Report of the Indian Hemp Drugs Commission, 1894-1895 - Volume VI
Year: 1894
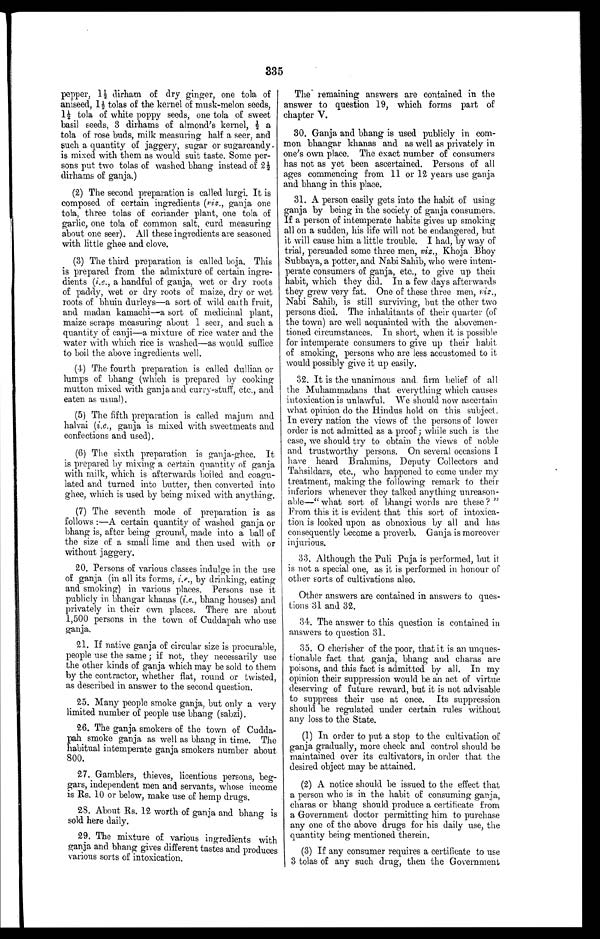
335
pepper, 1½ dirham of dry ginger, one tola of
a n i s e e d , 1 ½ t o l a s o f t h e k e r n e l o f mu s k - me l o n s e e d s ,
1 ½ t o l a o f w h i t e p o p p y s e e d s , o n e t o l a , o f s w e e t
basil seeds, 3 dirhams of almond's kernel, ½ a
tola of rose buds, milk measuring half a seer, and
such a quantity of jaggery, sugar or sugarcandy.
is mixed with them as would suit taste. Some per-
sons put two tolas of washed bhang instead of 2½
dirhams of ganja.)
(2) The second preparation is called lurgi. It is
composed of certain ingredients (viz., ganja one
tola, three tolas of coriander plant, one tola of
garlic, one tola of common salt, curd measuring
about one seer). All these ingredients are seasoned
with little ghee and clove.
(3) The third preparation is called boja. This
is prepared from the admixture of certain ingre--
dients (i.e., a handful of ganja, wet or dry roots
of paddy, wet or dry roots of maize, dry or wet
roots of bhuin durleys—a sort of wild earth fruit,
and madan kamachi—a sort of medicinal plant,
maize scraps measuring about 1 seer, and such a
quantity of canji—a mixture of rice water and the
water with which rice is washed—as would suffice
to boil the above ingredients well.
(4) The fourth preparation is called dullian or
lumps of bhang (which is prepared by cooking
mutton mixed with ganja and curry-stuff, etc., and
eaten as usual).
(5) The fifth preparation is called majum and
halvai (i.e., ganja is mixed with sweetmeats and
confections and used).
(6) The sixth preparation is ganja-ghee. It
is prepared by mixing a certain quantity of ganja
with milk, which is afterwards boiled and coagu-
lated and turned into butter, then converted into
ghee, which is used by being mixed with anything.
(7) The seventh mode of preparation is as
follows :—A certain quantity of washed ganja or
bhang is, after being ground, made into a ball of
the size of a small lime and then used with or
without j aggery.
20. Persons of various classes indulge in the use
of ganja (in all its forms, i.e., by drinking, eating
and smoking) in various places. Persons use it
publicly in bhangar khanas (i.e., bhang houses) and
privately in their own places. There are about
1,500 persons in the town of Cuddapah who use
ganja.
21. If native ganja of circular size is procurable,
people use the same ; if not, they necessarily use
the other kinds of ganja which may be sold to them
by the contractor, whether flat, round or twisted,
as described in answer to the second question.
25. Many people smoke ganja, but only a very
limited number of people use bhang (sabzi).
26. The ganja, smokers of the town of Cudda--
pah smoke ganja as well as bhang in time. The
habitual intemperate ganja smokers number about
800.
27. Gamblers, thieves, licentious persons, beg--
gars, independent men and servants, whose income
is Rs. 10 or below, make use of hemp drugs.
28. About Rs. 12 worth of ganja and bhang,
sold here daily.
29. The mixture of various ingredients with
ganja and bhang gives different tastes and produces
various sorts of intoxication.
The remaining answers are contained in the
answer to question 19, which forms part of
chapter V.
30. Ganja and bhang is used publicly in com--
mon bhangar khanas and as well as privately in
one's own place. The exact number of consumers
has not as yet been ascertained. Persons of all
ages commencing from 11 or 12 years use ganja
and bhang in this place.
31. A person easily gets into the habit of using
ganja by being in the society of ganja consumers.
If a person of intemperate habits gives up smoking
all on a sudden, his life will not be endangered, but
it will cause him a little trouble. I had, by way of
trial, persuaded some three men, viz., Khoja Bhoy
Subbaya, a potter, and Nabi Sahib, who were intem--
perate consumers of ganja, etc., to give up their
habit, which they did. In a few days afterwards
they grew very fat. One of these three men, viz.,
Nabi Sahib, is still surviving, but the other two
persons died. The inhabitants of their quarter (of
the town) are well acquainted with the abovemen-
- t i o n e d c i r c u m s t a n c e s . I n s h o r t , w h e n i t i s p o s s i b l e
for intemperate consumers to give up their habit
of smoking, persons who are less accustomed to it
would possibly give it up easily.
32. It is the unanimous . and firm belief of all
the Muhammadans that everything which causes
intoxication is unlawful. We should now ascertain
what opinion do the Hindus hold on this subject.
In every nation the views of the persons of lower
order is not admitted as a proof; while such is the
case, we should try to obtain the views of noble
and trustworthy persons. On several occasions I
have heard Brahmins, Deputy Collectors and
Tahsildars, etc., who happened to come under my
treatment, making the following remark to their
inferiors whenever they talked anything unreason--
ablen—" what sort of bhangi words are these ? "
From this it is evident that this sort of intoxica--
tion is looked upon as obnoxious by all and has
consequently become a proverb. Ganja is moreover
injurious.
33. Although the Puli Puja is performed, but it
is not a special one, as it is performed in honour of
other sorts of cultivations also.
Other answers are contained in answers to ques-
- t i o n s 3 1 a n d 3 2 .
34. The answer to this question is contained in
answers to question 31.
35. O cherishes of the poor, that it is an unques--
tionable fact that .ganja, bhang and charas are
poisons, and this fact is admitted by all. In my
opinion their suppression would be an act of virtue
deserving of future reward, but it is not advisable
to suppress their use at once. Its suppression
should be regulated under certain rules without
any loss to the State.
(1) In order to put a stop to the cultivation of
ganja gradually, more check and control should be
maintained over its cultivators, in order that the
desired object may be attained.
(2) A notice should be issued to the effect that
a person who is in the habit of consuming ganja,
charas or bhang should produce a certificate from
a Government doctor permitting him to purchase
any one of the above drugs for his daily use, the
quantity being mentioned therein.
(3) If any consumer requires a certificate to use
3 tolas of any such drug, then the Government